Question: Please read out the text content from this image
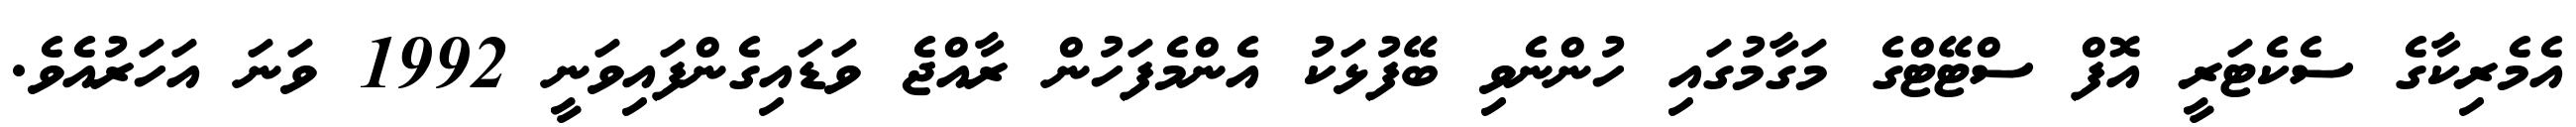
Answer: އެމެރިކާގެ ސެކެޓަރީ އޮފް ސްޓޭޓްގެ މަގާމުގައި ހުންނެވި ބޭފުޅަކު އެންމެފަހުން ރާއްޖެ ވަޑައިގެންފައިވަނީ 1992 ވަނަ އަހަރުއެވެ.